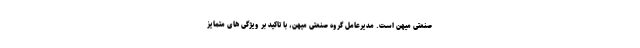
صنعتی میهن است. مدیرعامل گروه صنعتی میهن، با تاکید بر ویژگی های متمایز